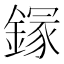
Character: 䥂